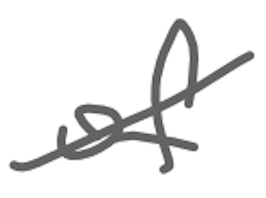
Text: of
Cross-out: diagonal
Writing tool: digital_gray